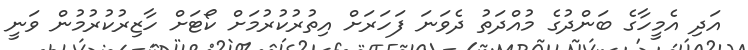
އަދި އެމީހާގެ ބަންދުގެ މުއްދަތު ދެވަނަ ފަހަރަށް އިތުރުކުރުމަށް ކޯޓަށް ހާޒިރުކުރުމުން ވަނީ